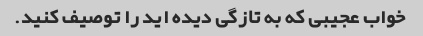
خواب عجیبی که به تازگی دیده اید را توصیف کنید.